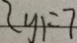
y _ { 1 } = 7